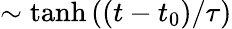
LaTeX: \sim\operatorname{tanh}\left((t-t_{0})/\tau\right)